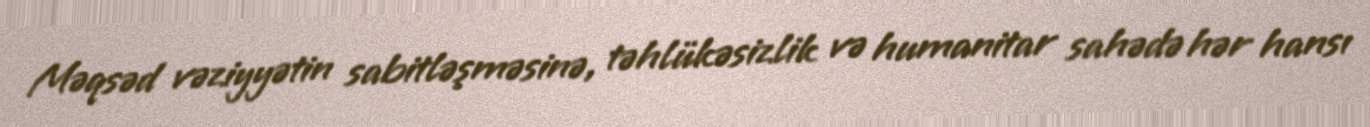
Məqsəd vəziyyətin sabitləşməsinə, təhlükəsizlik və humanitar sahədə hər hansı